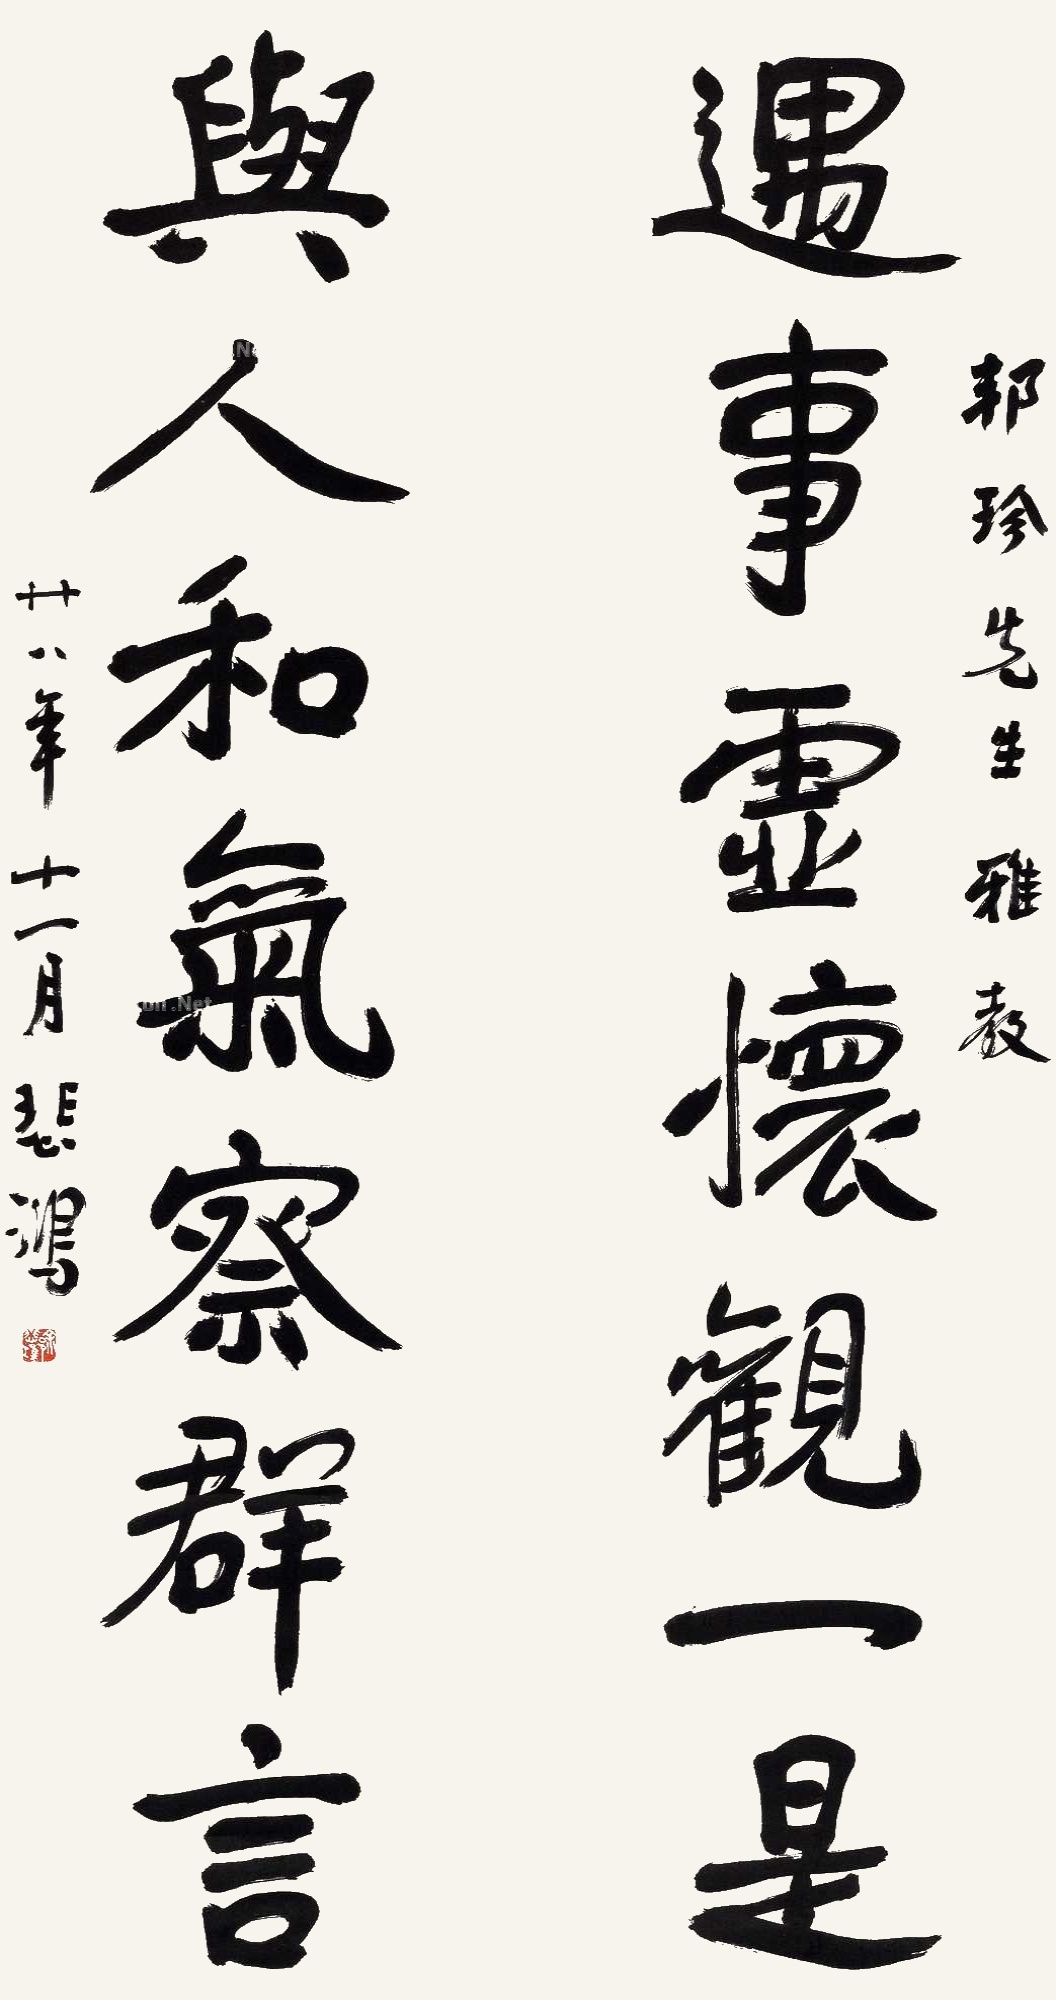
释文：遇事虚怀观一是，与人和气察群言。邦珍先生雅教，廿八年十一月，悲鸿。